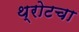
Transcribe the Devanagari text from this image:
थ्रोटचा